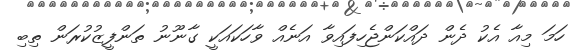
ހަމަ މިއާ އެކު ދެން ދައްކަންޖެހިފައިވާ އަނެއް ވާހަކައަކީ ގާނޫނު ތަންފީޒުކުރަން ތިބި